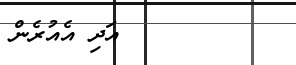
٢٢٧        އަދި އެއުރެން